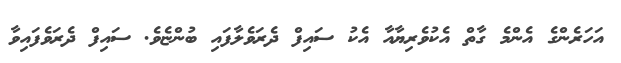
އަހަރެންގެ އެންމެ ގާތް އެކުވެރިޔާއާ އެކު ސައިފް ދެރަވެލާފައި ބުންޏެވެ. ސައިފް ދެރަވެފައިވާ